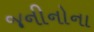
જનીનોના